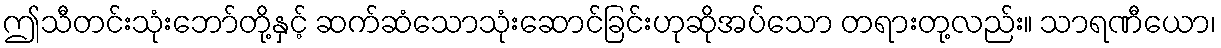
ဤသီတင်းသုံးဘော်တို့နှင့် ဆက်ဆံသောသုံးဆောင်ခြင်းဟုဆိုအပ်သော တရားတု့လည်း။ သာရဏီယော၊